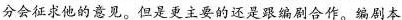
分会征求他的意见。但是更主要的还是跟编剧合作。编剧本